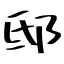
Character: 邸